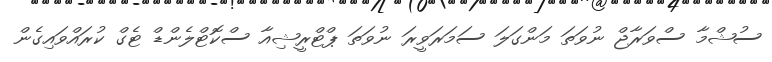
ސުޝްމާ ސްވަރާޖް ނުވަތަ މަންގަލަ ސަމަރަވީރަ ނުވަތަ ޕްޓްރީޝިއާ ސްކޮޓްލެންޑް ޓެގް ކުރައްވައިގެން